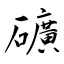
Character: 礦